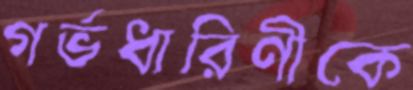
গর্ভধারিণীকে